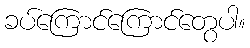
ခပ်ကြောင်ကြောင်တွေပါ။